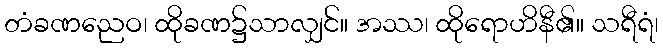
တံခဏညေဝ၊ ထိုခဏ၌သာလျှင်။ အဿ၊ ထိုရောဟိနီ၏။ သရီရံ၊